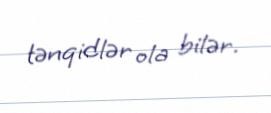
tənqidlər ola bilər.